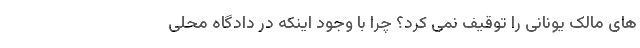
های مالک یونانی را توقیف نمی کرد؟ چرا با وجود اینکه در دادگاه محلی